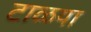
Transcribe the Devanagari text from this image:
टाळया